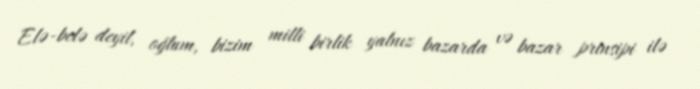
Elə-belə deyil, oğlum, bizim milli birlik yalnız bazarda və bazar prinsipi ilə